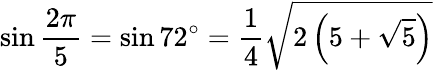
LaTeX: \sin{\frac{2\pi}{5}}=\sin 72^{\circ}={\frac{1}{4}}{\sqrt{2\left(5+{\sqrt{5}}\right)}}